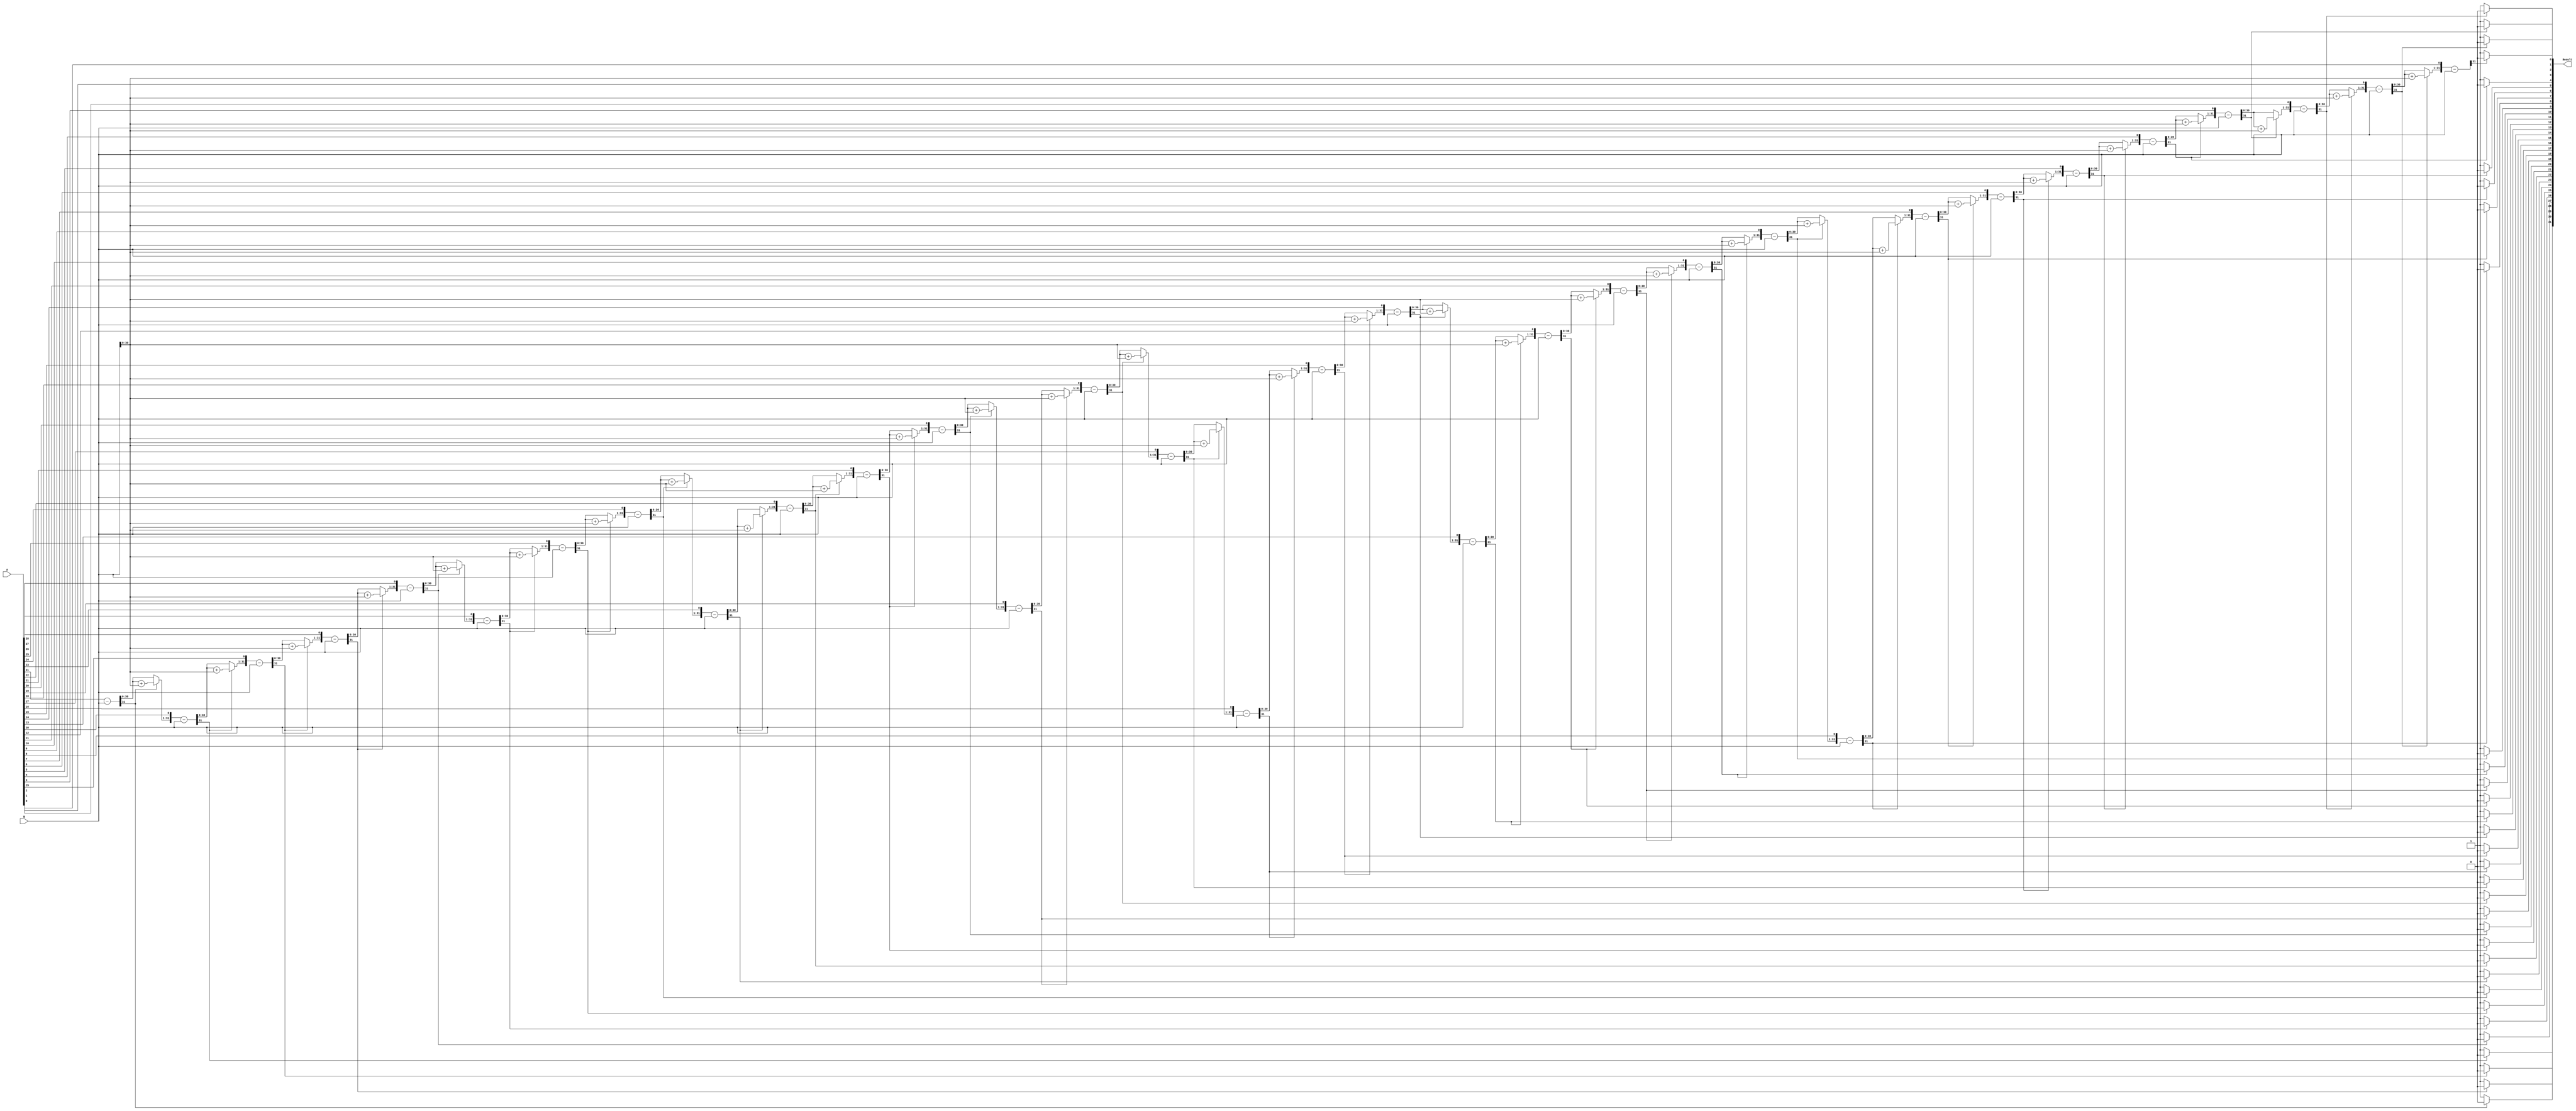
`timescale 1ns/1ns

module Int_Divider(A,B,Result);

input [31:0] A;
input [31:0] B;
output [31:0] Result;

reg [31:0] Result = 0;
reg [31:0] a1,b1;
reg [32:0] p1;
integer i;

always@ (A or B)
begin
	a1 = A;
	b1 = B;
	p1 = 0;
	for(i=0;i<32;i=i+1)
	begin
		p1 = {p1[30:0],a1[31]};
		a1[31:1] = a1[30:0];
		p1 = p1-b1;
		if(p1[31]==1'b1)
		begin
			a1[0] = 1'b0;
			p1 = p1+b1;
		end
		else
			a1[0] = 1'b1;
	end
	Result = a1;
end

endmodule